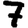
Digit: 7